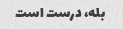
بله، درست است